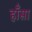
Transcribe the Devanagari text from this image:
हाँसा